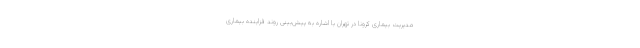
مدیریت بیماری کرونا در تهران با اشاره به پیش‌بینی روند فزاینده بیماری